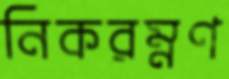
নিকরম্নণ